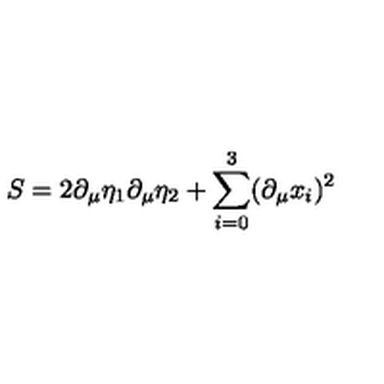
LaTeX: S = 2 \partial _ { \mu } \eta _ { 1 } \partial _ { \mu } \eta _ { 2 } + \sum _ { i = 0 } ^ { 3 } ( \partial _ { \mu } x _ { i } ) ^ { 2 }